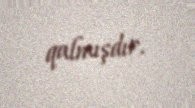
qalmışdır.